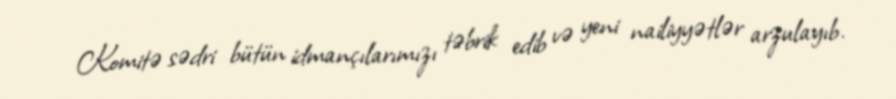
Komitə sədri bütün idmançılarımızı təbrik edib və yeni nailiyyətlər arzulayıb.